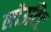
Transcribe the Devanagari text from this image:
लोउटिट